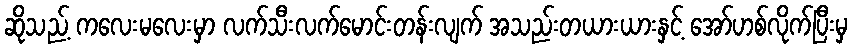
ဆိုသည့် ကလေးမလေးမှာ လက်သီးလက်မောင်းတန်းလျက် အသည်းတယားယားနှင့် အော်ဟစ်လိုက်ပြီးမှ